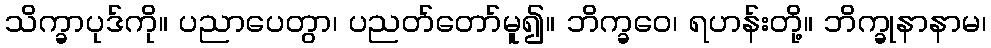
သိက္ခာပုဒ်ကို။ ပညာပေတွာ၊ ပညတ်တော်မူ၍။ ဘိက္ခဝေ၊ ရဟန်းတို့။ ဘိက္ခုနာနာမ၊